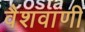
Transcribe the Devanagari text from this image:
वैशवाणी